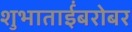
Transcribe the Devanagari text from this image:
शुभाताईंबरोबर